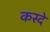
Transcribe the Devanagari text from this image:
कस्दे